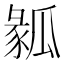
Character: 𤬌